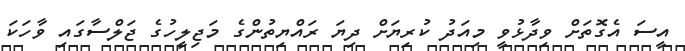
އީސަ އެގޮތަށް ވިދާޅުވީ މިއަދު ކުރިޔަށް ދިޔަ ރައްޔިތުންގެ މަޖިލީހުގެ ޖަލްސާގައި ވާހަކަ